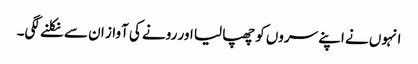
انہوں نے اپنے سروں کو چھپا لیا اور رونے کی آواز ان سے نکلنے لگی۔